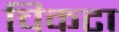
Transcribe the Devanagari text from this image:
चिकटा